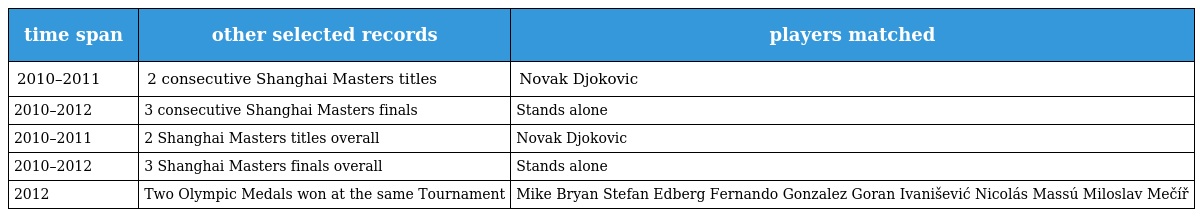
| time span | other selected records | players matched |
 | --- | --- | --- |
 | 2010–2011 | 2 consecutive Shanghai Masters titles | Novak Djokovic |
 | 2010–2012 | 3 consecutive Shanghai Masters finals | Stands alone |
 | 2010–2011 | 2 Shanghai Masters titles overall | Novak Djokovic |
 | 2010–2012 | 3 Shanghai Masters finals overall | Stands alone |
 | 2012 | Two Olympic Medals won at the same Tournament | Mike Bryan Stefan Edberg Fernando Gonzalez Goran Ivanišević Nicolás Massú Miloslav Mečíř |